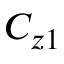
C _ { z 1 }